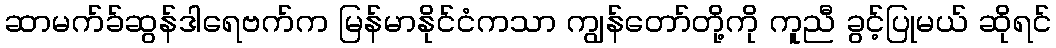
ဆာမက်ခ်ဆွန်ဒါရေဗက်က မြန်မာနိုင်ငံကသာ ကျွန်တော်တို့ကို ကူညီ ခွင့်ပြုမယ် ဆိုရင်